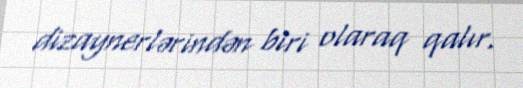
dizaynerlərindən biri olaraq qalır.